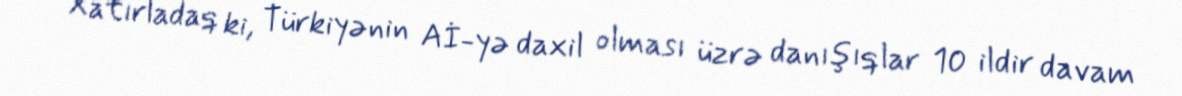
Xatırladaq ki, Türkiyənin Aİ-yə daxil olması üzrə danışıqlar 10 ildir davam